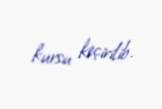
kursu keçirilib.